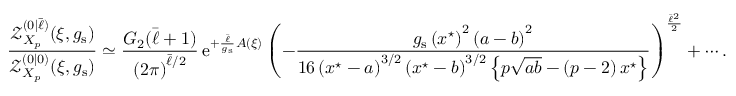
\frac { \mathcal { Z } _ { X _ { p } } ^ { ( 0 | \bar { \ell } ) } ( \xi , g _ { \mathrm { s } } ) } { \mathcal { Z } _ { X _ { p } } ^ { ( 0 | 0 ) } ( \xi , g _ { \mathrm { s } } ) } \simeq \frac { G _ { 2 } ( \bar { \ell } + 1 ) } { \left( 2 \pi \right) ^ { \bar { \ell } / 2 } } \, { \mathrm { e } } ^ { + \frac { \bar { \ell } } { g _ { \mathrm { s } } } A ( \xi ) } \left( - \frac { g _ { \mathrm { s } } \left( x ^ { \star } \right) ^ { 2 } \left( a - b \right) ^ { 2 } } { 1 6 \left( x ^ { \star } - a \right) ^ { 3 / 2 } \left( x ^ { \star } - b \right) ^ { 3 / 2 } \left\{ p \sqrt { a b } - \left( p - 2 \right) x ^ { \star } \right\} } \right) ^ { \frac { \bar { \ell } ^ { 2 } } { 2 } } + \cdots .